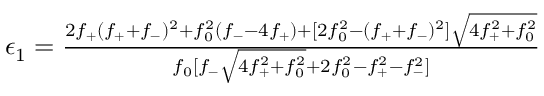
\begin{array} { r } { \epsilon _ { 1 } = \frac { 2 f _ { + } ( f _ { + } + f _ { - } ) ^ { 2 } + f _ { 0 } ^ { 2 } ( f _ { - } - 4 f _ { + } ) + [ 2 f _ { 0 } ^ { 2 } - ( f _ { + } + f _ { - } ) ^ { 2 } ] \sqrt { 4 f _ { + } ^ { 2 } + f _ { 0 } ^ { 2 } } } { f _ { 0 } [ f _ { - } \sqrt { 4 f _ { + } ^ { 2 } + f _ { 0 } ^ { 2 } } + 2 f _ { 0 } ^ { 2 } - f _ { + } ^ { 2 } - f _ { - } ^ { 2 } ] } } \end{array}